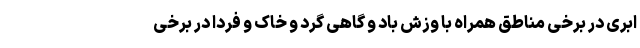
ابری در برخی مناطق همراه با وزش باد و گاهی گرد و خاک و فردا در برخی